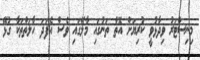
މިނިސްޓަރު ވިދާޅުވީ ކުރިޔަށް އޮތް ތަނުގައި މާލޭގައި ވެސް އެފަދަ ހާލަތްތަކާ ގުޅޭ